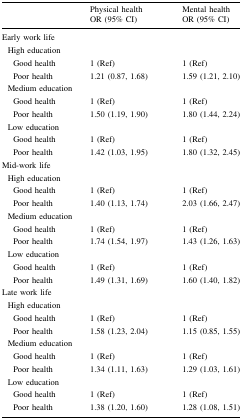
| <ROWSPAN=2>  | Physical health | Mental health |
 | OR (95% CI) | OR (95% CI) |
 | --- | --- | --- |
 | <COLSPAN=3> Early work life |
 | <COLSPAN=3> High education |
 | Good health | 1 (Ref) | 1 (Ref) |
 | Poor health | 1.21 (0.87, 1.68) | 1.59 (1.21, 2.10) |
 | <COLSPAN=3> Medium education |
 | Good health | 1 (Ref) | 1 (Ref) |
 | Poor health | 1.50 (1.19, 1.90) | 1.80 (1.44, 2.24) |
 | <COLSPAN=3> Low education |
 | Good health | 1 (Ref) | 1 (Ref) |
 | Poor health | 1.42 (1.03, 1.95) | 1.80 (1.32, 2.45) |
 | <COLSPAN=3> Mid-work life |
 | <COLSPAN=3> High education |
 | Good health | 1 (Ref) | 1 (Ref) |
 | Poor health | 1.40 (1.13, 1.74) | 2.03 (1.66, 2.47) |
 | <COLSPAN=3> Medium education |
 | Good health | 1 (Ref) | 1 (Ref) |
 | Poor health | 1.74 (1.54, 1.97) | 1.43 (1.26, 1.63) |
 | <COLSPAN=3> Low education |
 | Good health | 1 (Ref) | 1 (Ref) |
 | Poor health | 1.49 (1.31, 1.69) | 1.60 (1.40, 1.82) |
 | <COLSPAN=3> Late work life |
 | <COLSPAN=3> High education |
 | Good health | 1 (Ref) | 1 (Ref) |
 | Poor health | 1.58 (1.23, 2.04) | 1.15 (0.85, 1.55) |
 | <COLSPAN=3> Medium education |
 | Good health | 1 (Ref) | 1 (Ref) |
 | Poor health | 1.34 (1.11, 1.63) | 1.29 (1.03, 1.61) |
 | <COLSPAN=3> Low education |
 | Good health | 1 (Ref) | 1 (Ref) |
 | Poor health | 1.38 (1.20, 1.60) | 1.28 (1.08, 1.51) |